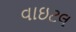
વાઇટલ